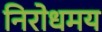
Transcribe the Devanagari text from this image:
निरोधमय